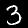
Label: 3